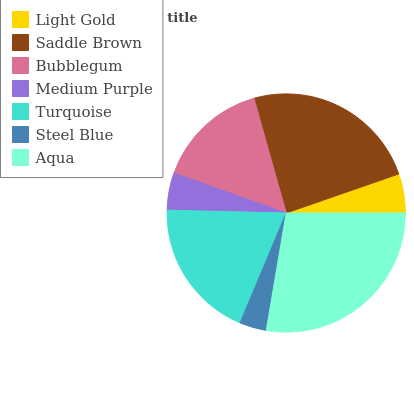
| Light Gold | Saddle Brown | Bubblegum | Medium Purple | Turquoise | Steel Blue | Aqua |
 | --- | --- | --- | --- | --- | --- | --- |
 | 5.3% | 24% | 15.2% | 5.06% | 19.1% | 3.66% | 27.7% |